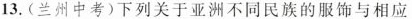
13.(兰州中考)下列关于亚洲不同民族的服饰与相应